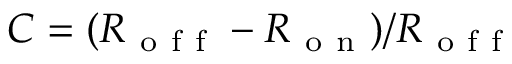
C = ( R _ { \mathrm { ~ o ~ f ~ f ~ } } - R _ { \mathrm { ~ o ~ n ~ } } ) / R _ { \mathrm { ~ o ~ f ~ f ~ } }